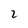
Character: 2